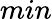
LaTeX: min